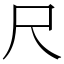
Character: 尺